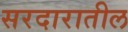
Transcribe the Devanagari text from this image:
सरदारातील